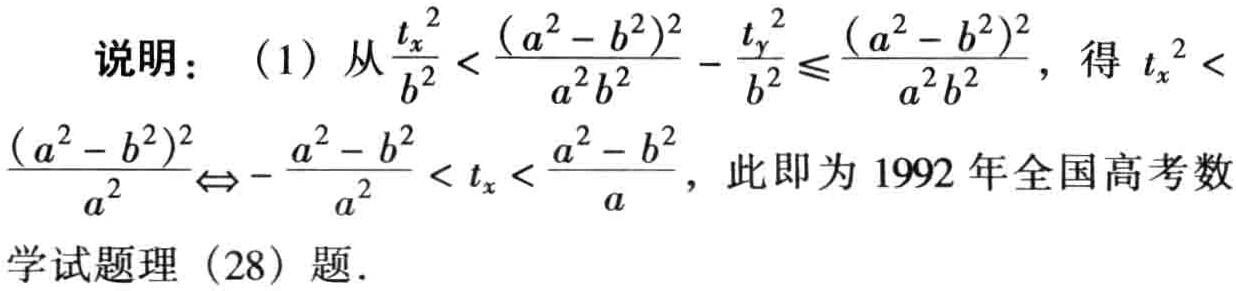
说明：（1）从\(\frac{t_{x}^{2}}{b^{2}} < \frac{(a^{2} - b^{2})^{2}}{a^{2}b^{2}} - \frac{t_{y}^{2}}{b^{2}} \leq \frac{(a^{2} - b^{2})^{2}}{a^{2}b^{2}}\)，得\(t_{x}^{2} < \frac{(a^{2} - b^{2})^{2}}{a^{2}} \Leftrightarrow - \frac{a^{2} - b^{2}}{a^{2}} < t_{x} < \frac{a^{2} - b^{2}}{a}\)，此即为1992年全国高考数学试题理（28）题．